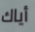
أياك